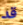
قد